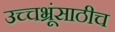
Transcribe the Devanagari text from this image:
उच्चभ्रूंसाठीच